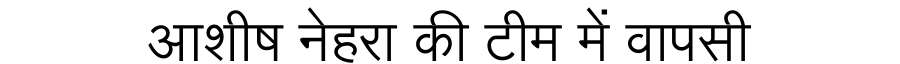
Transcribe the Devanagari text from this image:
आशीष नेहरा की टीम में वापसी